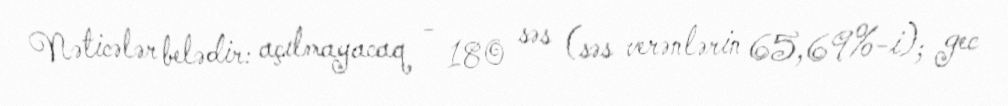
Nəticələr belədir: açılmayacaq - 180 səs (səs verənlərin 65,69%-i); gec